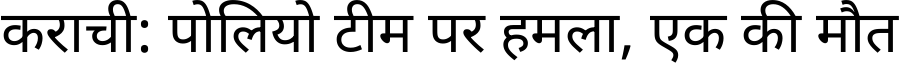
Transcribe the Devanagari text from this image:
कराची: पोलियो टीम पर हमला, एक की मौत